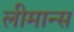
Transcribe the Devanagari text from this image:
लीमान्स